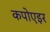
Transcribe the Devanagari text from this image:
कपोएइर